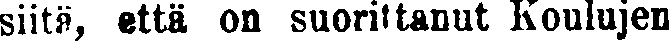
siitä, että on suorittanut Koulujen